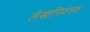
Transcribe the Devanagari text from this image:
लेखानियंत्रक